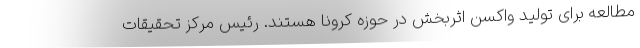
مطالعه برای تولید واکسن اثربخش در حوزه کرونا هستند. رئیس مرکز تحقیقات